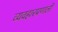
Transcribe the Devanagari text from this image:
व्यवहारप्रणाली